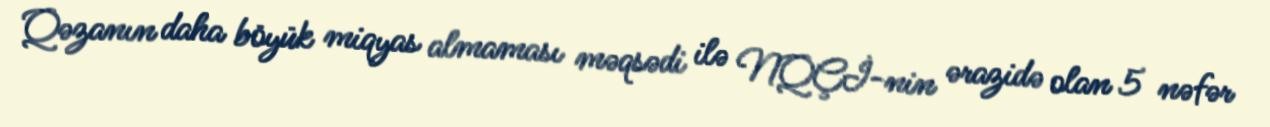
Qəzanın daha böyük miqyas almaması məqsədi ilə NQÇİ-nin ərazidə olan 5 nəfər